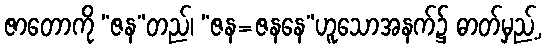
ဇာတောကို “ဇန”တည်၊ “ဇန=ဇနနေ”ဟူသောအနက်၌ ဓာတ်မှည့်,